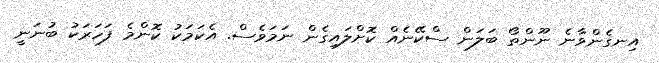
އިނގެންވާނެ ނޫންތޯ ބަލަން ސްކޭނެއް ކޮށްލައިގެން ނަމަވެސް. އެކަމަކު ކޮންމެ ފަހަރަކު ބުނަނީ